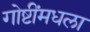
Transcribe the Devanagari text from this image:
गोष्टींमधला